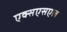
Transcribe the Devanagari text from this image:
एक्सएसएल